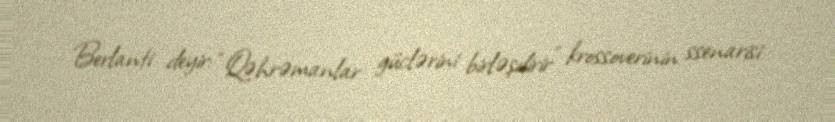
Berlanti deyir: “Qəhrəmanlar güclərini birləşdirir” krossoverinin ssenarisi